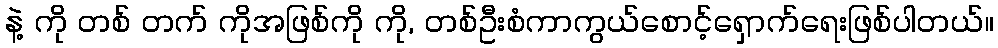
နဲ့ ကို တစ် တက် ကိုအဖြစ်ကို ကို, တစ်ဦးစံကာကွယ်စောင့်ရှောက်ရေးဖြစ်ပါတယ်။